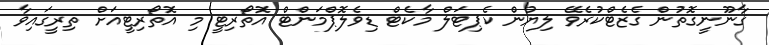
ޤާނޫނީގޮތުން ގެޒެޓްކުރެވޭ ލިޔުން ކެޕިޓަލް މާކެޓް ޑިވެލޮޕްމަންޓް އޮތޯރިޓީ މި އޮތޯރިޓީއަށް ތިރީގައިވާ